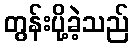
တွန်းပို့ခဲ့သည်